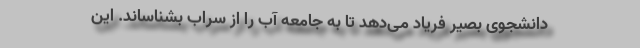
دانشجوی بصیر فریاد می‌دهد تا به جامعه آب را از سراب بشناساند. این